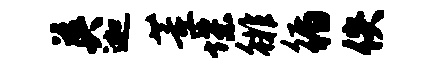
英迦董堞徘循佚